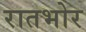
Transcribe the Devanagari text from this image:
रातभोर